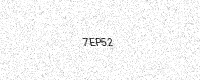
Text: 7EP52